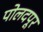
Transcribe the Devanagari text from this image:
पोलदपूर